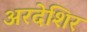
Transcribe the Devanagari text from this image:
अरदेशिर